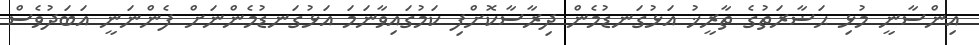
އިންސާނީ މުޅި ޙަޟާރަތުގެ ތާރީޚު އަޅުގަނޑުމެން ދިރާސާކޮށްފި ކަމުގައިވާނަމަ އަޅުގަނޑުމެންނަށް ފެންނަނީ އަބަދުވެސް